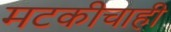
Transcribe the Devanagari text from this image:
मटकीचाही